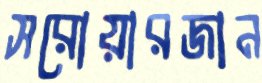
সরোয়ারজান